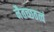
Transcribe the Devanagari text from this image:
नैतच्छठत्वं